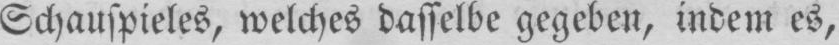
Schauspieles, welches dasselbe gegeben, indem es,